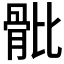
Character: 𩨨